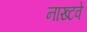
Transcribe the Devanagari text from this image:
नाख्टवे